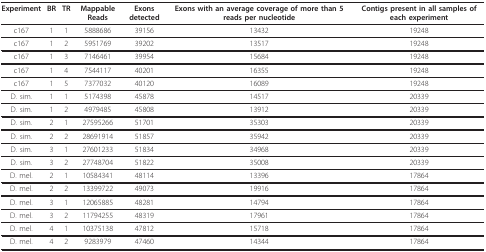
| Experiment | BR | TR | Mappable Reads | Exons detected | Exons with an average coverage of more than 5 reads per nucleotide | Contigs present in all samples of each experiment |
 | --- | --- | --- | --- | --- | --- | --- |
 | c167 | 1 | 1 | 5888686 | 39156 | 13432 | 19248 |
 | c167 | 1 | 2 | 5951769 | 39202 | 13517 | 19248 |
 | c167 | 1 | 3 | 7146461 | 39954 | 15684 | 19248 |
 | c167 | 1 | 4 | 7544117 | 40201 | 16355 | 19248 |
 | c167 | 1 | 5 | 7377032 | 40120 | 16089 | 19248 |
 | D. sim. | 1 | 1 | 5174398 | 45878 | 14517 | 20339 |
 | D. sim. | 1 | 2 | 4979485 | 45808 | 13912 | 20339 |
 | D. sim. | 2 | 1 | 27595266 | 51701 | 35303 | 20339 |
 | D. sim. | 2 | 2 | 28691914 | 51857 | 35942 | 20339 |
 | D. sim. | 3 | 1 | 27601233 | 51834 | 34968 | 20339 |
 | D. sim. | 3 | 2 | 27748704 | 51822 | 35008 | 20339 |
 | D. mel. | 2 | 1 | 10584341 | 48114 | 13396 | 17864 |
 | D. mel. | 2 | 2 | 13399722 | 49073 | 19916 | 17864 |
 | D. mel. | 3 | 1 | 12065885 | 48281 | 14794 | 17864 |
 | D. mel. | 3 | 2 | 11794255 | 48319 | 17961 | 17864 |
 | D. mel. | 4 | 1 | 10375138 | 47812 | 15718 | 17864 |
 | D. mel. | 4 | 2 | 9283979 | 47460 | 14344 | 17864 |